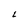
Character: L